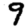
Digit: 9